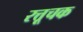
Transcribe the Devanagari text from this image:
रत्तूचक